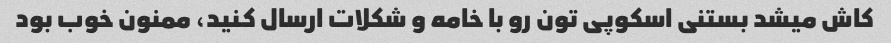
کاش میشد بستنی اسکوپی تون رو با خامه و شکلات ارسال کنید، ممنون خوب بود